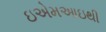
ઇએમઆઇથી